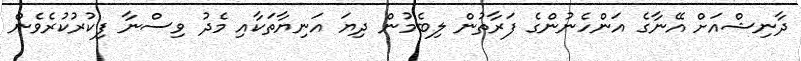
ދާނިޝްއަށް އޭނާގެ އަންހެނުންގެ ފަރާތުން ލިބެމުން ދިޔަ އަނިޔާތަކާއި މެދު ވިސްނާ ފިކުރުކުރެވެން